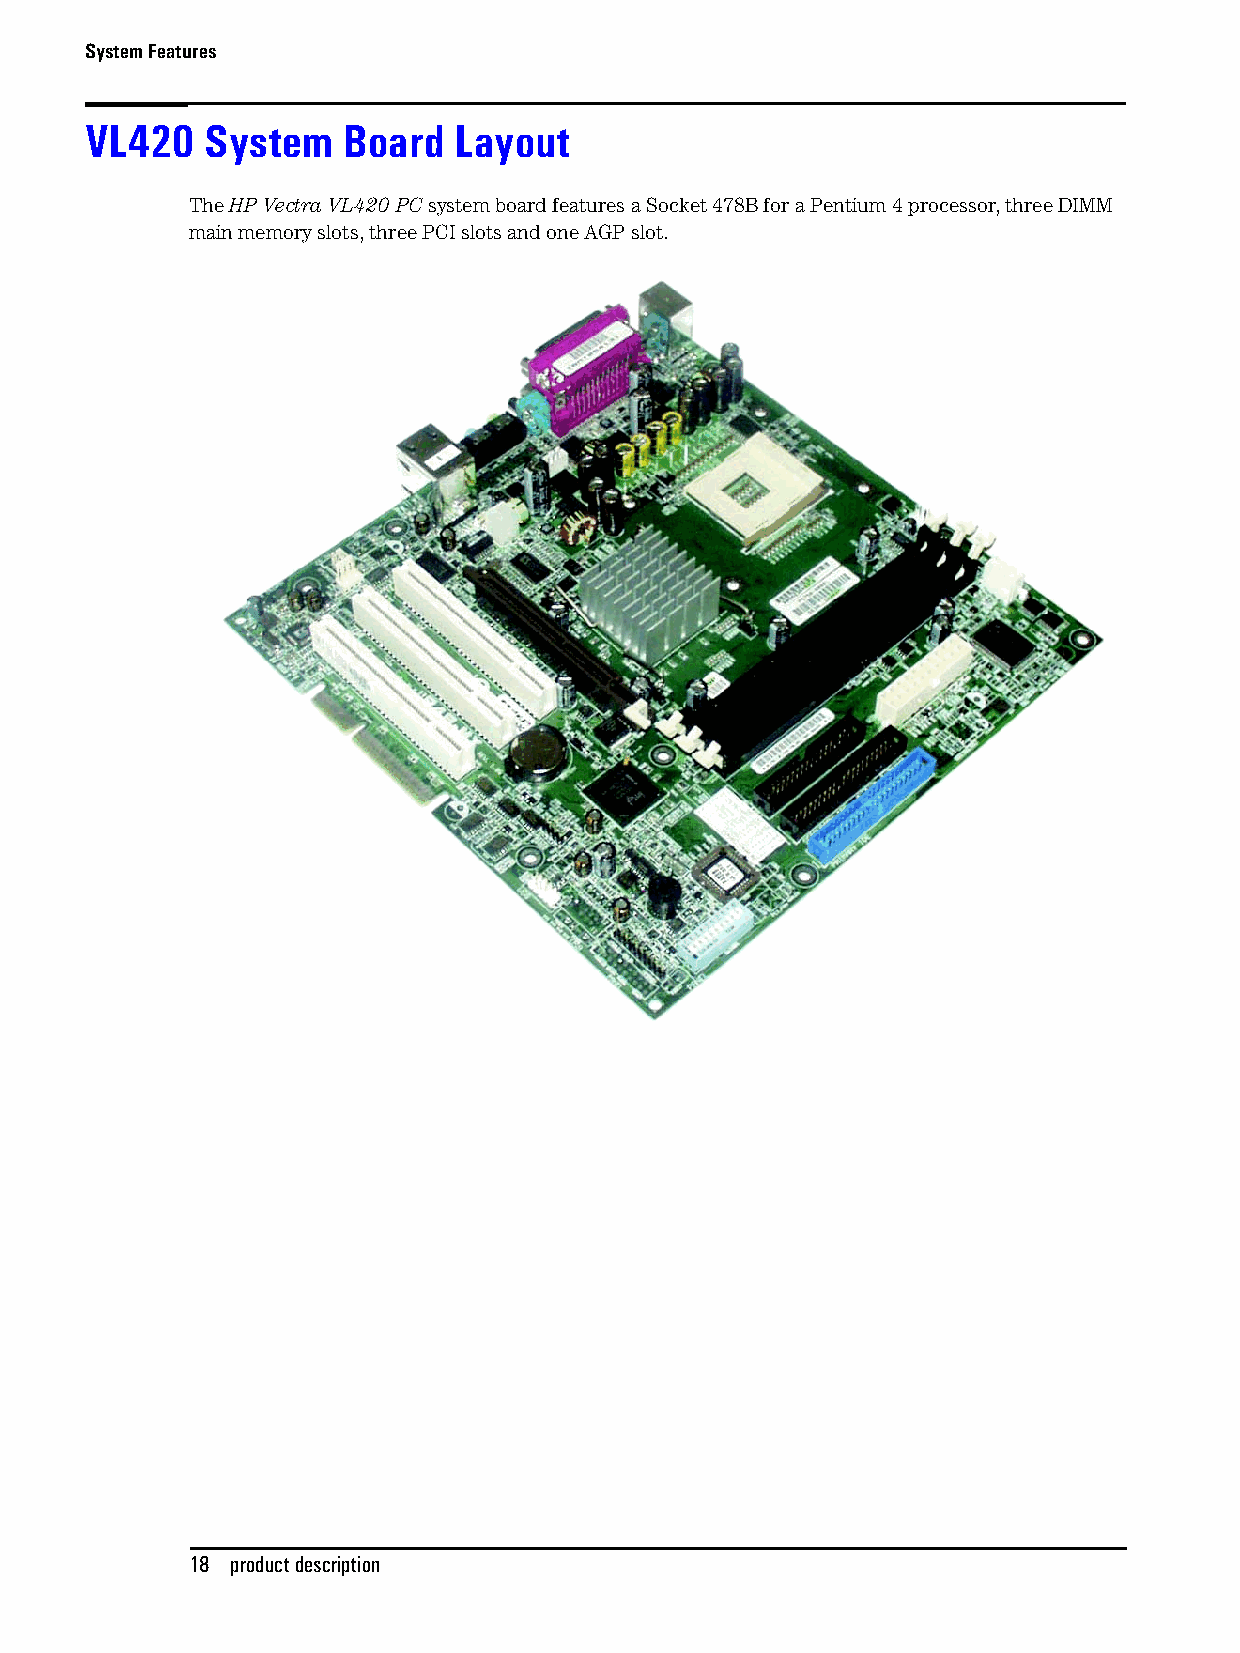
System Features
 VL420   System   Board  Layout
 The HP Vectra VL420 PC system board features a Socket 478B for a Pentium 4 processor, three DIMM
 main memory slots, three PCI slots and one AGP slot.
 18 product description